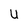
Character: U